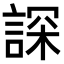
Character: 𧨾